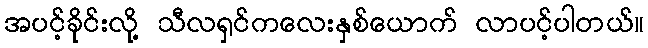
အပင့်ခိုင်းလို့ သီလရှင်ကလေးနှစ်ယောက် လာပင့်ပါတယ်။